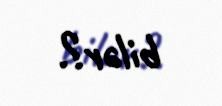
bilər?.